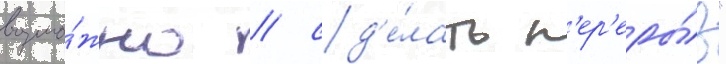
возмо́жно / сд'е́лать п'ер'еры́в"